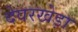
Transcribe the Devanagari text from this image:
देवरखेड़ा